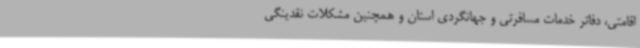
اقامتی، دفاتر خدمات مسافرتی و جهانگردی استان و همچنین مشکلات نقدینگی